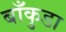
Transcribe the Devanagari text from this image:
बाँकुडा